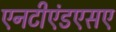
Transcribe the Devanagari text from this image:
एनटीएंडएसए